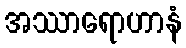
အဿာရောဟာနံ